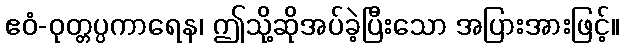
ဧဝံ-ဝုတ္တပ္ပကာရေန၊ ဤသို့ဆိုအပ်ခဲ့ပြီးသော အပြားအားဖြင့်။